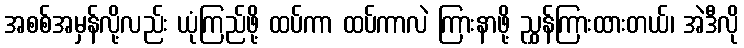
အစစ်အမှန်လို့လည်း ယုံကြည်ဖို့ ထပ်ကာ ထပ်ကာလဲ ကြားနာဖို့ ညွှန်ကြားထားတယ်၊ အဲဒီလို